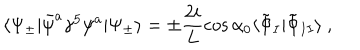
\langle \Psi _ { \pm } | \bar { \psi } ^ { a } \gamma ^ { 5 } \psi ^ { a } | \Psi _ { \pm } \rangle = \pm \frac { 2 i } { L } \cos \alpha _ { 0 } \langle \tilde { \Phi } _ { I } | \tilde { \Phi } _ { I I } \rangle \ ,